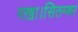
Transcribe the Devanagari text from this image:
रखा।सितम्बर